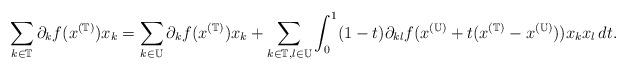
LaTeX: \begin{align*}\sum_{k\in\mathbb{T}} \partial_k f(x^{(\mathbb{T})})x_k =\sum_{k\in\mathbb{U}} \partial_k f(x^{(\mathbb{T})})x_k +\sum_{k\in\mathbb{T},l\in\mathbb{U}} \int_0^1 (1-t) \partial_{kl} f(x^{(\mathbb{U})}+t(x^{(\mathbb{T})}-x^{(\mathbb{U})}))x_kx_l\, d t.\end{align*}